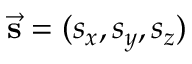
\vec { \mathbf { s } } = ( s _ { x } , s _ { y } , s _ { z } )